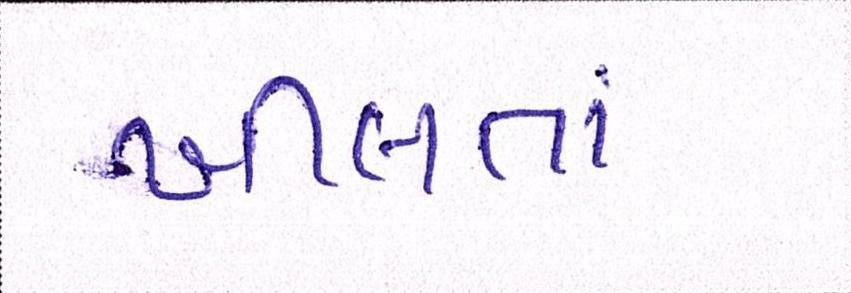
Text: ખીલતાં